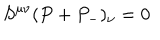
S ^ { \mu \nu } ( P + P _ { - } ) _ { \nu } = 0